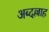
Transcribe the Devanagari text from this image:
अब्दल्लाह